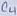
Text: Q4